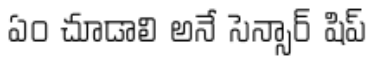
ఏం చూడాలి అనే సెన్సార్ షిప్